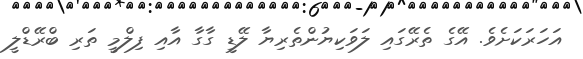
އަހަރަކަށެވެ. އޭގެ ތެރޭގައި ލަވަކިޔުންތެރިޔާ ލޭޑީ ގާގާ އާއި ފިލްމީ ތަރި ބްރޭޑްލީ